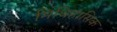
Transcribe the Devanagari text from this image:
मिथिहासिक